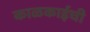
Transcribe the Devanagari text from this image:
काळकाईची